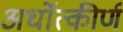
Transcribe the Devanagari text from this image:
अर्धोत्कीर्ण